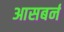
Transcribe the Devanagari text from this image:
आसबर्न